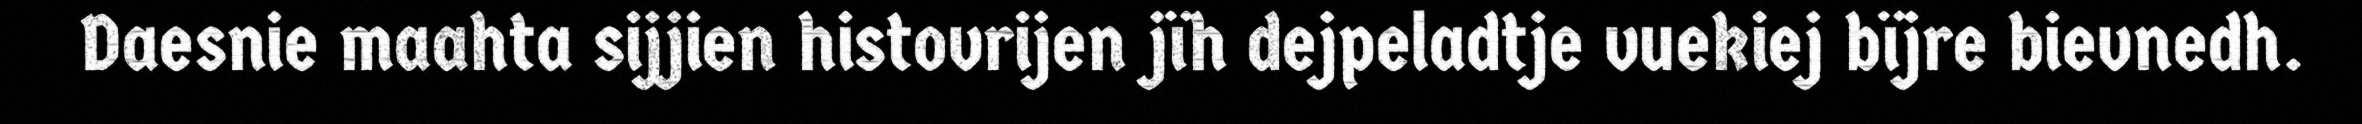
Daesnie maahta sijjien histovrijen jïh dejpeladtje vuekiej bïjre bievnedh.